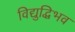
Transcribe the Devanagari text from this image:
विद्युद्धिभव